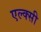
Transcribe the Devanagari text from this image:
एल्क्सी